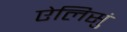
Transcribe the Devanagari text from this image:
ऐलिसुं